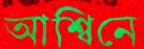
আশ্বিনে